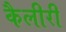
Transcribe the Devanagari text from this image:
कैलीरी